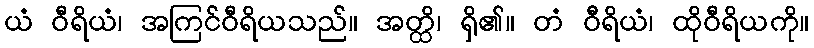
ယံ ဝီရိယံ၊ အကြင်ဝီရိယသည်။ အတ္ထိ၊ ရှိ၏။ တံ ဝိီရိယံ၊ ထိုဝီရိယကို။